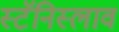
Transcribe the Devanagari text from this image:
स्टॅनिस्लाव